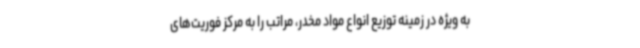
به ویژه در زمینه توزیع انواع مواد مخدر، مراتب را به مرکز فوریت‌های